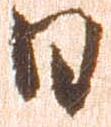
日